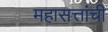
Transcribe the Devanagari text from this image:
महासत्तांची